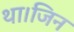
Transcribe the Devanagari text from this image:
था।जिन